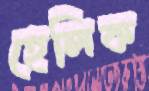
হেলিক